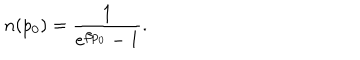
n ( p _ { 0 } ) = \frac { 1 } { e ^ { \beta p _ { 0 } } - 1 } .